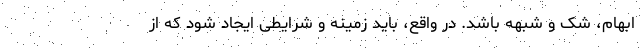
ابهام، شک و شبهه باشد. در واقع، باید زمینه و شرایطی ایجاد شود که از